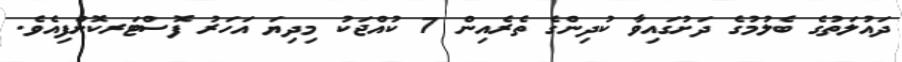
ދައުލަތުގެ ބެލުމުގެ ދަށުގައިވާ ކުދިންގެ ތެރެއިން 7 ކުއްޖަކު މިދިޔަ އަހަރު ފޮސްޓަރކޮށްފިއެވެ.